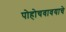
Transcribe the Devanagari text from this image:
पोहोचवावयाचे